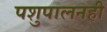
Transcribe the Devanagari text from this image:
पशुपालनही